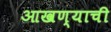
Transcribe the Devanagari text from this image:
आखण्याची